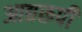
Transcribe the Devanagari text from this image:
आद्यरूपी